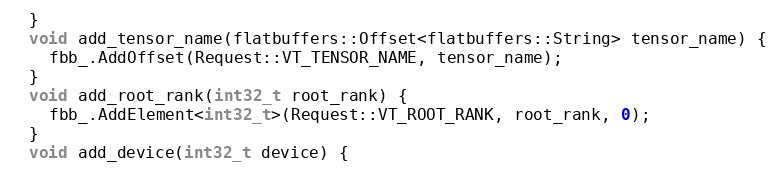
Language: C
  }
  void add_tensor_name(flatbuffers::Offset<flatbuffers::String> tensor_name) {
    fbb_.AddOffset(Request::VT_TENSOR_NAME, tensor_name);
  }
  void add_root_rank(int32_t root_rank) {
    fbb_.AddElement<int32_t>(Request::VT_ROOT_RANK, root_rank, 0);
  }
  void add_device(int32_t device) {